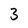
Character: 3